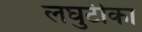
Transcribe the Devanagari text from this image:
लघुटीका